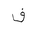
Letter: _fa